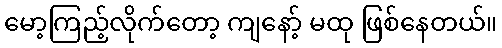
မော့ကြည့်လိုက်တော့ ကျနော့် မထု ဖြစ်နေတယ်။